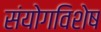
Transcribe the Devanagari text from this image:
संयोगविशेष